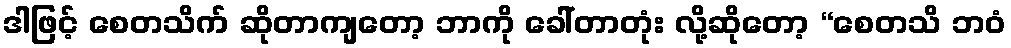
ဒါဖြင့် စေတသိက် ဆိုတာကျတော့ ဘာကို ခေါ်တာတုံး လို့ဆိုတော့ “စေတသိ ဘဝံ